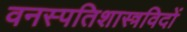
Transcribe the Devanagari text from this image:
वनस्पतिशास्त्रविदों